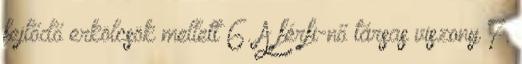
fejlődő erkölcsök mellett 6. A férfi-nő társas viszony 7.